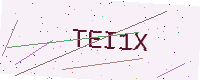
Text: TEI1X